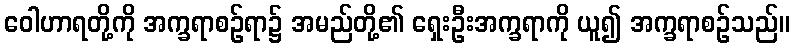
ဝေါဟာရတို့ကို အက္ခရာစဉ်ရာ၌ အမည်တို့၏ ရှေးဦးအက္ခရာကို ယူ၍ အက္ခရာစဉ်သည်။